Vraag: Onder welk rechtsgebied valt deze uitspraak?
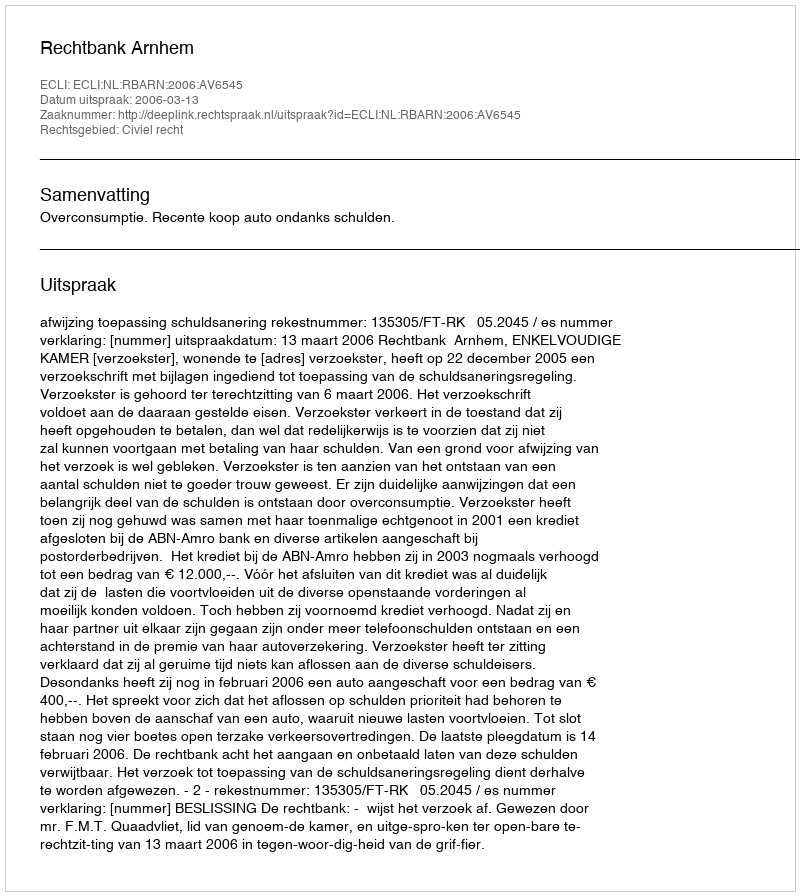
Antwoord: Civiel recht